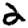
Digit: 2